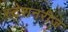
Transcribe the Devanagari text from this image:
स्टेशनरीज